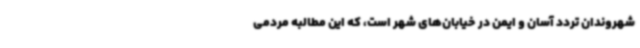
شهروندان تردد آسان و ایمن در خیابان‌های شهر است، که این مطالبه مردمی